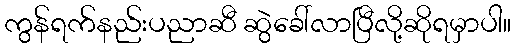
ကွန်ရက်နည်းပညာဆီ ဆွဲခေါ်လာပြီလို့ဆိုရမှာပါ။